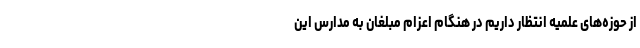
از حوزه‌های علمیه انتظار داریم در هنگام اعزام مبلغان به مدارس این